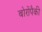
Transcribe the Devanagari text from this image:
बोरोंपैकी